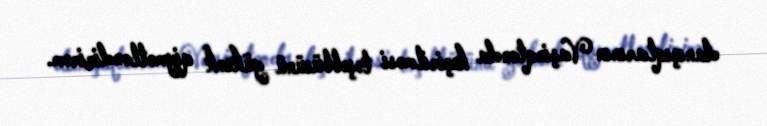
danışıqlarının Vaşinqtonda keçirilməsi təşəbbüsünü yüksək qiymətləndirirəm.